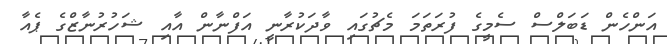
އަންހެން ޑަބަލްސް ސެމީގެ ފުރަތަމަ މެޗުގައި ވާދަކުރާނީ އަފްނާން އާއި ޝަހުރުނާޒްގެ ޕެއާ